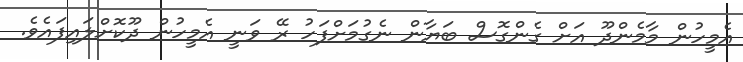
އެމީހުން މާމެންދޫ އަށް ގެންގޮސް ބަޔާން ނެގުމަށްފަހު ރޭ ވަނީ އެމީހުން ދޫކޮށްލައިފައެވެ.